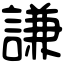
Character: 謙